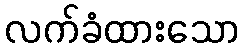
လက်ခံထားသော